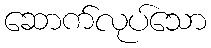
ဆောက်လုပ်သော